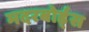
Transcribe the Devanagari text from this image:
मदरबोर्ड्स